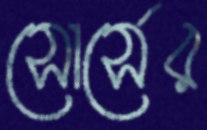
সোর্সের